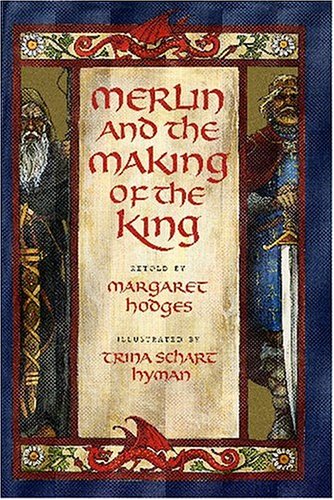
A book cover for Merlin and the Making of the King (Booklist Editor's Choice. Books for Youth (Awards)); Trina Schart Hyman; Children's Books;